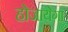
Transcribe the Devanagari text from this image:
होजायेगा